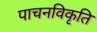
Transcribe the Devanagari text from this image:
पाचनविकृति